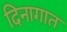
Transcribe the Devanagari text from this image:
दिनागात